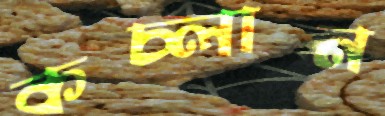
কচ্‌লান